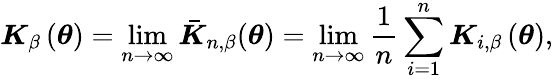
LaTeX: \boldsymbol{K}_{\beta}\left(\boldsymbol{\theta}\right)=\operatorname*{lim}_{n\rightarrow\infty}\boldsymbol{\bar{K}}_{n,\beta}(\boldsymbol{\theta})=\operatorname*{lim}_{n\rightarrow\infty}\frac{1}{n}\sum_{i=1}^{n}\boldsymbol{K}_{i,\beta}\left(\boldsymbol{\theta}\right),